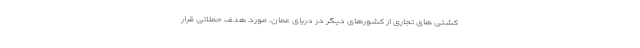
کشتی های تجاری از کشورهای دیگر در دریای عمان، مورد هدف حملاتی قرار